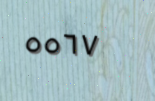
٥٥٦٧